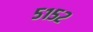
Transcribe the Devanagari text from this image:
५१५२